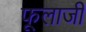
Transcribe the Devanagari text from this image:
फूलाजी